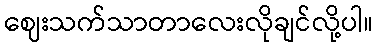
ဈေးသက်သာတာလေးလိုချင်လို့ပါ။